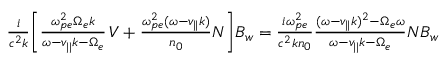
\begin{array} { r } { \frac { i } { c ^ { 2 } k } \bigg [ \frac { \omega _ { p e } ^ { 2 } \Omega _ { e } k } { \omega - v _ { | | } k - \Omega _ { e } } \, V + \frac { \omega _ { p e } ^ { 2 } ( \omega - v _ { | | } k ) } { n _ { 0 } } N \bigg ] B _ { w } = \frac { i \omega _ { p e } ^ { 2 } } { c ^ { 2 } k n _ { 0 } } \frac { ( \omega - v _ { | | } k ) ^ { 2 } - \Omega _ { e } \omega } { \omega - v _ { | | } k - \Omega _ { e } } N B _ { w } } \end{array}